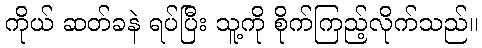
ကိုယ် ဆတ်ခနဲ ရပ်ပြီး သူ့ကို စိုက်ကြည့်လိုက်သည်။